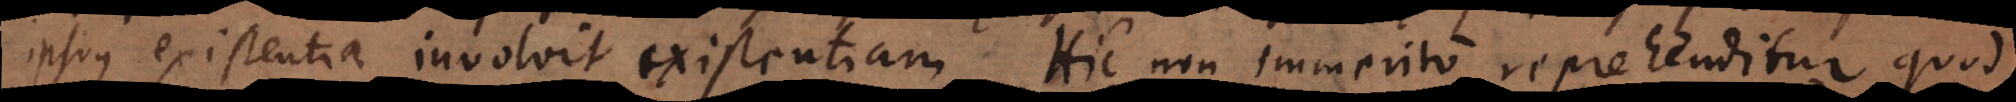
ipsius [essentia] involvit existentiam. Hic non immerito reprehenditur quod